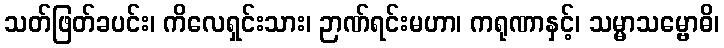
သတ်ဖြတ်ခပင်း၊ ကိလေရှင်းသား၊ ဉာဏ်ရင်းမဟာ၊ ကရုဏာနှင့်၊ သမ္မာသမ္ဗောဓိ၊